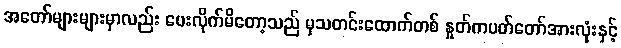
အတော်များများမှာလည်း ပေးလိုက်မိတော့သည် မှသတင်းထောက်တစ် နှုတ်ကပတ်တော်အားလုံးနှင့်